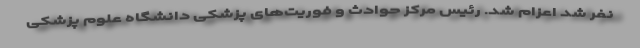
نفر شد اعزام شد. رئیس مرکز حوادث و فوریت‌های پزشکی دانشگاه علوم پزشکی